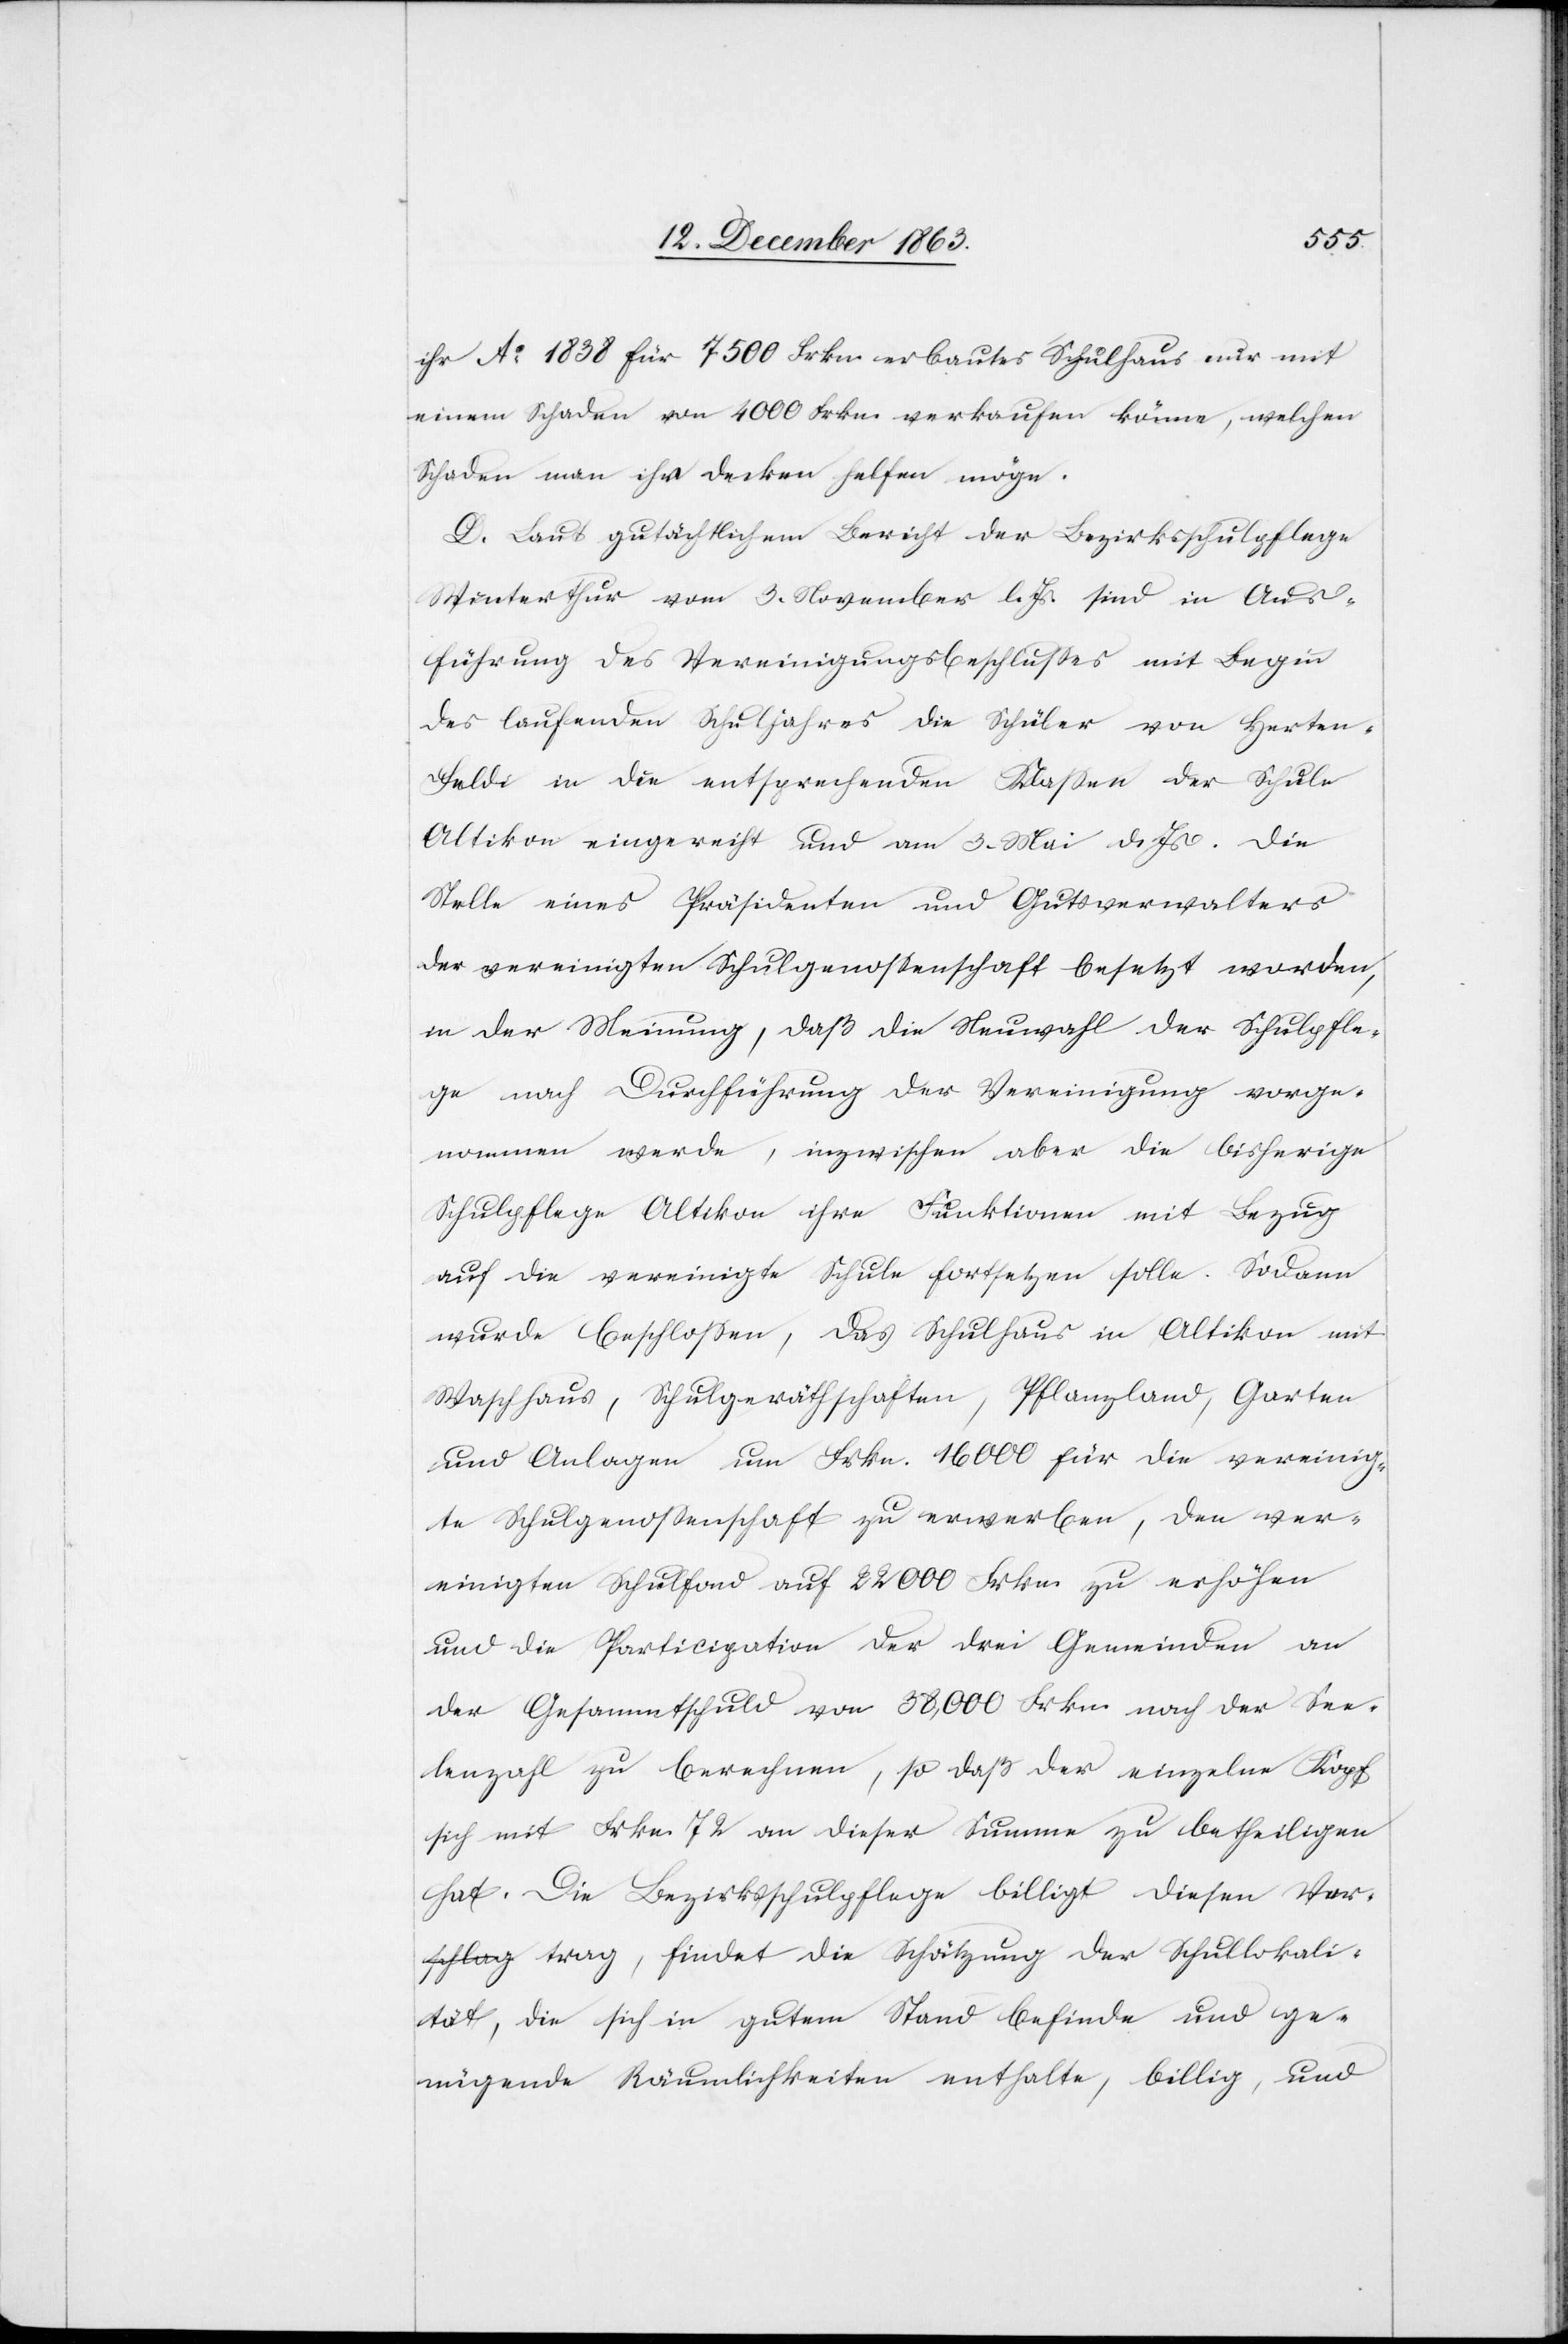
ihr Ao 1838 für 7500 Frkn erbautes Schulhaus nur mit
einem Schaden von 4000 Frkn. verkaufen könne, welchen
Schaden man ihr decken helfen möge.
D. Laut gutächtlichem Bericht der Bezirksschulpflege
Winterthur vom 3. November l. Js. sind in Aus¬
führung des Vereinigungsbeschlusses mit Beginn
des laufenden Schuljahres die Schüler von Herten-F¬
eldi in die entsprechenden Klassen der Schule
Altikon eingereiht und am 3. Mai d. Js. die
Stelle eines Präsidenten und Gutsverwalters
der vereinigten Schulgenossenschaft besetzt worden,
in der Meinung, das die Neuwahl der Schulpfle¬
ge nach Durchführung der Vereinigung vorge¬
nommen werde, inzwischen aber die bisherige
Schulpflege Altikon ihre Funktionen mit Bezug
auf die vereinigte Schule fortsetzen solle. Sodann
wurde beschlossen, das Schulhaus in Altikon mit
Waschhaus, Schulgeräthschaften, Pflanzland, Garten
und Anlagen um Frkn. 16 000 für die vereinig¬
te Schulgenossenschaft zu erwerben, den ver¬
einigten Schulfond auf 22 000 Frkn. zu erhöhen
und die Participation der drei Gemeinden an
der Gesammtschuld von 38,000 Frkn. nach der See¬
lenzahl zu berechnen, so daß der einzelne Kopf
sich mit Frkn. 72 an dieser Summe zu betheiligen
hat. Die Bezirksschulpflege billigt diesen Vor¬
a-schlag trag-a, findet die Schätzung der Schullokali¬
tät, die sich in gutem Stand befinde und ge¬
nügende Räumlichkeiten enthalte, billig, und